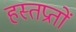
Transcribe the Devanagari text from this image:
हस्तप्रतों